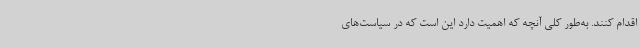
اقدام کنند. به‌طور کلی آنچه که اهمیت دارد این است که در سیاست‌های